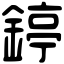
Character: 𨪃